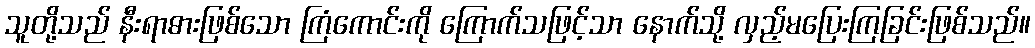
သူတို့သည် နီးရာဓားဖြစ်သော ကြံကောင်းကို ကြောက်သဖြင့်သာ နောက်သို့ လှည့်မပြေးကြခြင်းဖြစ်သည်။